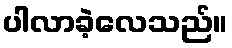
ပါလာခဲ့လေသည်။